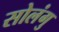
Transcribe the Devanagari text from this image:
सोलंगु